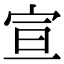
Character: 宣